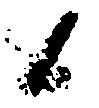
候